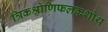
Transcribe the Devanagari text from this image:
त्रिकश्रोणिफलकशोथ